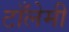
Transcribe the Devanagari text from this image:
टाँलेमी